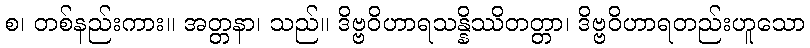
စ၊ တစ်နည်းကား။ အတ္တနာ၊ သည်။ ဒိဗ္ဗဝိဟာရသန္နိဿိတတ္တာ၊ ဒိဗ္ဗဝိဟာရတည်းဟူသော